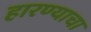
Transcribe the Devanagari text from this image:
हारण्याचा